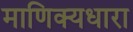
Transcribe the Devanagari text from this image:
माणिक्यधारा